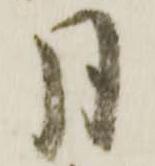
月